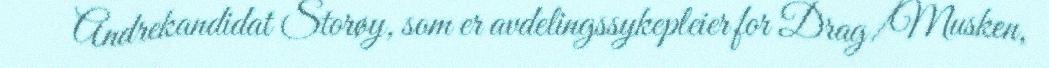
Andrekandidat Storøy, som er avdelingssykepleier for Drag/Musken,